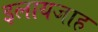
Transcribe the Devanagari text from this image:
इलायजाह